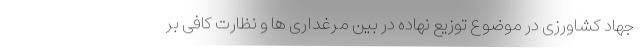
جهاد کشاورزی در موضوع توزیع نهاده در بین مرغداری ها و نظارت کافی بر